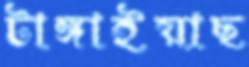
টাঙ্গাইয়াছ